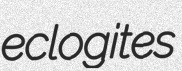
eclogites